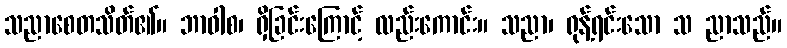
သညာစေတသိတ်၏။ ဘာဝါစ၊ ရှိခြင်းကြောင့် လည်းကောင်း။ သညာ၊ ရုန့်ရင်းသော သ ညာသည်။